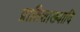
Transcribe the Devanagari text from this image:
प्रातिशाख्यादि